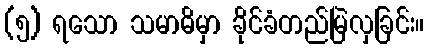
(၅) ရသော သမာဓိမှာ ခိုင်ခံတည်မြဲလှခြင်း။